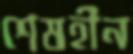
শেষহীন